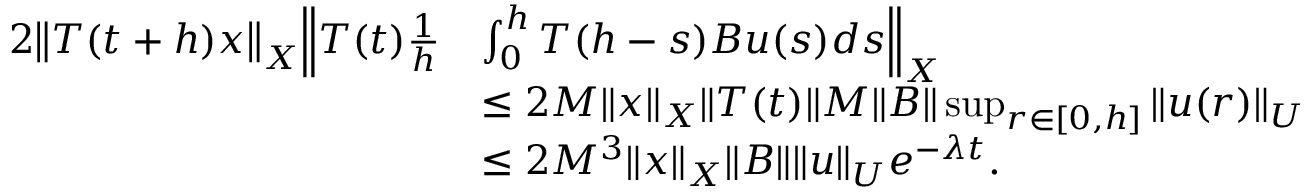
\begin{array} { r l } { 2 \big \| T ( t + h ) x \big \| _ { X } \Big \| T ( t ) \frac { 1 } { h } } & { \int _ { 0 } ^ { h } { T ( h - s ) B u ( s ) d s } \Big \| _ { X } } \\ & { \leq 2 M \| x \| _ { X } \| T ( t ) \| M \| B \| \operatorname* { s u p } _ { r \in [ 0 , h ] } \| u ( r ) \| _ { U } } \\ & { \leq 2 M ^ { 3 } \| x \| _ { X } \| B \| \| u \| _ { \cal U } e ^ { - \lambda t } . } \end{array}